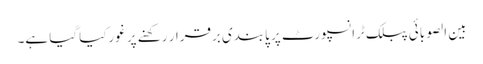
بین الصوبائی پبلک ٹرانسپورٹ پر پابندی برقرار رکھنے پر غورکیا گیا ہے۔